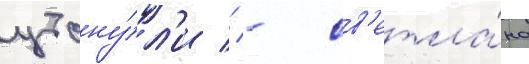
утону́л'и // - св'етла́на